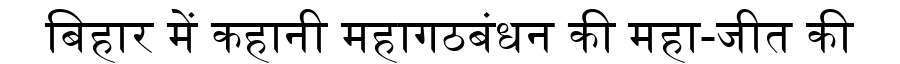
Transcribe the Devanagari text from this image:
बिहार में कहानी महागठबंधन की महा-जीत की